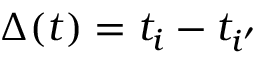
\Delta ( t ) = t _ { i } - t _ { i ^ { \prime } }